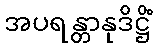
အပရန္တာနုဒိဋ္ဌိံ